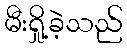
မီးရှို့ခဲ့သည်